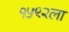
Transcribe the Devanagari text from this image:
१५९२ला